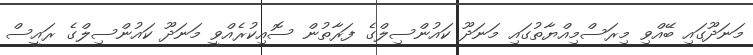
މަނަދޫގައި ބޭއްވި މިރަސްމިއްޔާތުގައި މަނަދޫ ކައުންސިލްގެ ފަރާތުން ސޮއިކުރެއްވީ މަނަދޫ ކައުންސިލްގެ ރައީސް